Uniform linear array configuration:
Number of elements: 12
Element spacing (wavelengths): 0.25
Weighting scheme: cosine
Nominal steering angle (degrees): -30
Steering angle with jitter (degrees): -30.892
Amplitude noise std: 0.05
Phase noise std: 0.05

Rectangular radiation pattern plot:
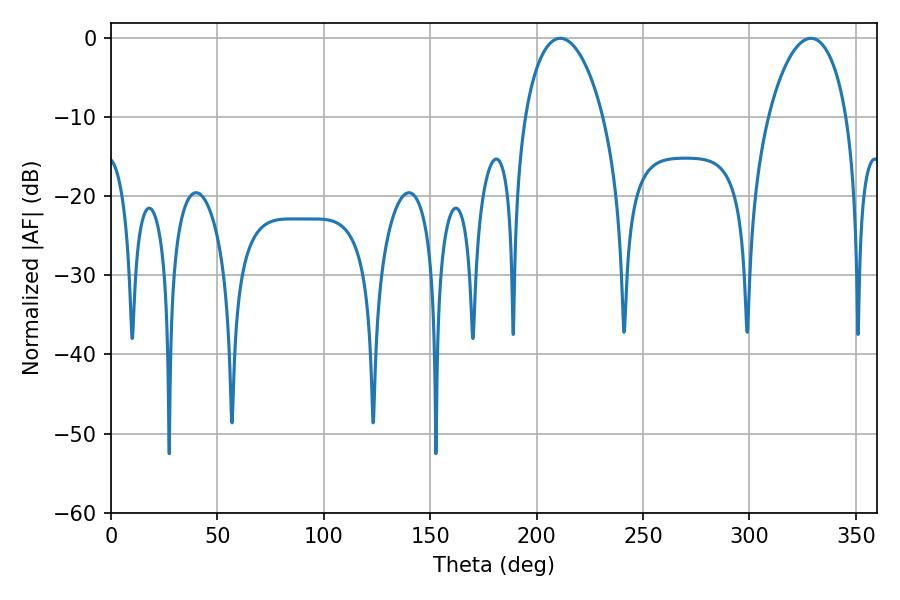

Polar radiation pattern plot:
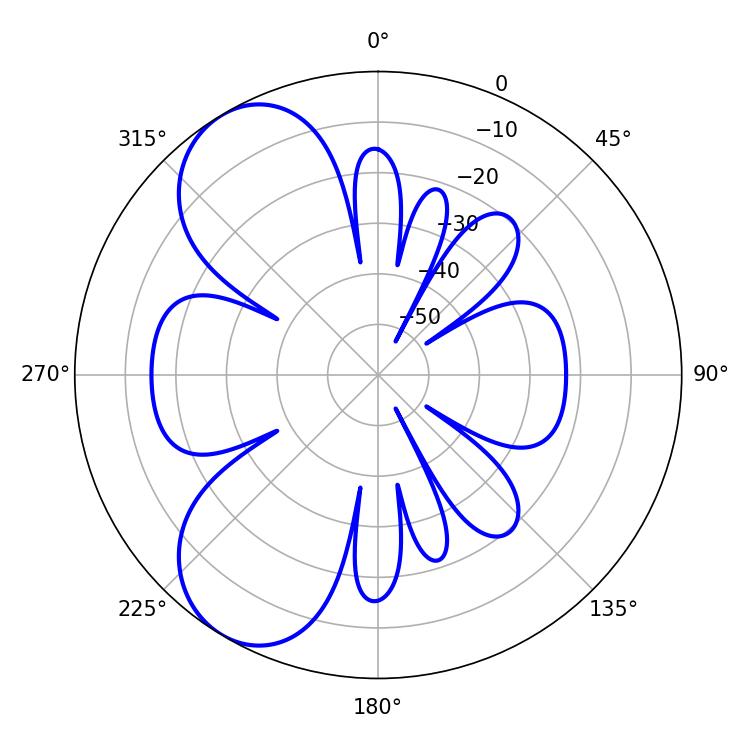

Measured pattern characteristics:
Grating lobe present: FALSE
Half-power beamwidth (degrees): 20.88
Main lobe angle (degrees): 328.86